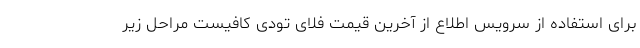
برای استفاده از سرویس اطلاع از آخرین قیمت فلای تودی کافیست مراحل زیر